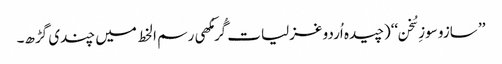
’’ سازو سوزِ سُخن‘‘(چیدہ اُردو غزلیات گُرمُکھی رسم ا لخط میں چندی گڑھ۔